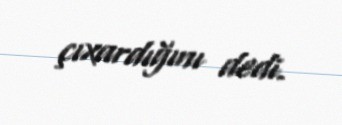
çıxardığını dedi.